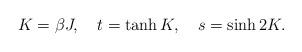
LaTeX: \begin{align*}K=\beta J,\quad t=\tanh K, \quad s=\sinh 2K.\end{align*}